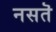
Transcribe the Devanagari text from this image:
नसतॆ